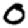
Digit: 0